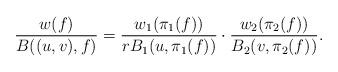
LaTeX: \begin{align*}\frac{w(f)}{B((u,v),f)}=\frac{w_1(\pi_1(f))}{rB_1(u,\pi_1(f))}\cdot\frac{w_2(\pi_2(f))}{B_2(v,\pi_2(f))}.\end{align*}